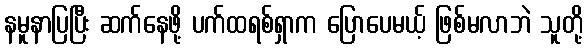
နမူနာပြပြီး ဆက်နေဖို့ ပက်ထရစ်ရှာက ပြောပေမယ့် ဖြစ်မလာဘဲ သူတို့